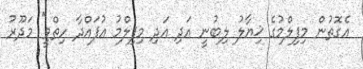
އެގޮތުން މިފިލްމުގެ ޚިޔާލު ލިބުނީ އަދި އަދި މިފިލްމު އުފައްދާ ހިތްވީ'' މަދޫރު